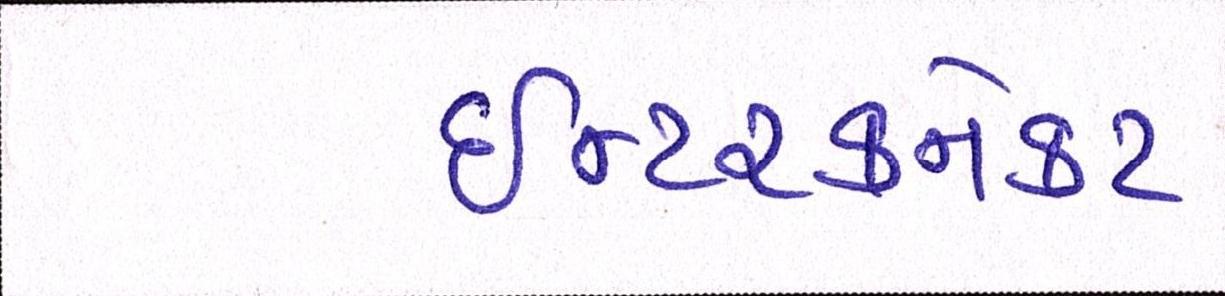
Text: ઈન્ટરકનેકટ